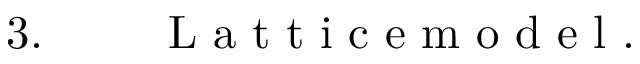
\begin{array} { r l r } { 3 . \ } & { { } } & { \mathrm { ~ L ~ a ~ t ~ t ~ i ~ c ~ e ~ m ~ o ~ d ~ e ~ l ~ . ~ } } \end{array}